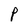
Character: P